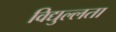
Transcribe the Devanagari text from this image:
विद्युल्लता